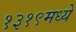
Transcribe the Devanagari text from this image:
१३१९मध्ये